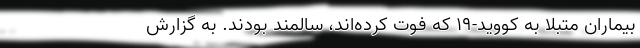
بیماران متبلا به کووید-۱۹ که فوت کرده‌اند، سالمند بودند. به گزارش